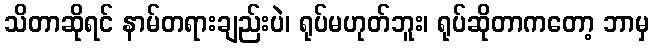
သိတာဆိုရင် နာမ်တရားချည်းပဲ၊ ရုပ်မဟုတ်ဘူး၊ ရုပ်ဆိုတာကတော့ ဘာမှ